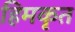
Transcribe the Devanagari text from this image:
हिमकृत